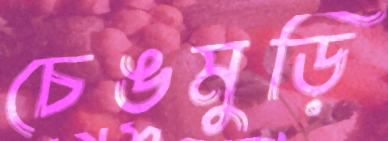
চেঙমুড়ি